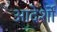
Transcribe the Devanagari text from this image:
आदेर्शों